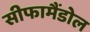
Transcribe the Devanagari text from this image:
सीफामैंडोल